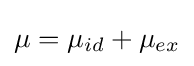
\mu =\mu _{id}+\mu _{ex}